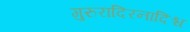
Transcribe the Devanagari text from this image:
गुरुरादिरनादिश्च